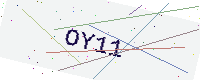
Text: OY11